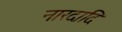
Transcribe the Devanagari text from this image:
नारदादि